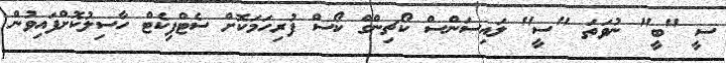
ސީ "ބީ" ނުވަތަ "ސީ" ލައިސަންސް ކޯޗިންގް ކޯސް ފުރިހަމަކޮށް ސެޓްފިކެޓް ހާސިލުކޮށްފައިވުން